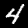
Digit: 4